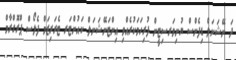
ދަ ނޭޝަނަލް ޑިފެންސް ޔުނިވަރސިޓީން ފުރިހަމަކުރެއްވި އިންޓަނޭޝަނަލް ކައުންޓަރ ޓެރަރިޒަމް ފެލޯސް ޕްރޮގްރާމް